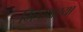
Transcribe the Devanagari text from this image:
भिडणार्‍या